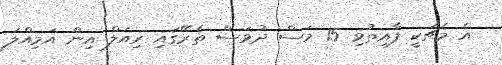
އެ މެޗަކީ ފާއިތުވި 15 މަސް ދުވަސް ތެރޭގައި ރިއަލް އިން އަމިއްލަ